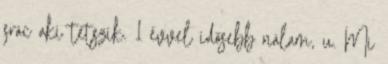
srác aki tetszik. 1 évvel idősebb nálam, u. Mi